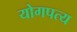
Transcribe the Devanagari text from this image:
योगपत्य